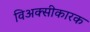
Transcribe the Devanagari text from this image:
विअक्सीकारक